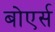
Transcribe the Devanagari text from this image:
बोएर्स